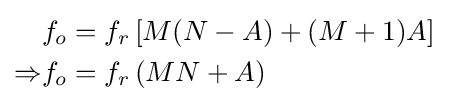
{\begin{aligned}&f_{o}=f_{r}\left[{M(N-A)+(M+1)A}\right]\\\Rightarrow &f_{o}=f_{r}\left(MN+A\right)\end{aligned}}